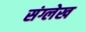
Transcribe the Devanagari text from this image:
संग्लेख